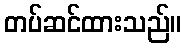
တပ်ဆင်ထားသည်။